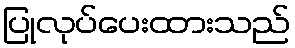
ပြုလုပ်ပေးထားသည်